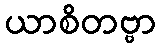
ယာစိတဗ္ဗာ